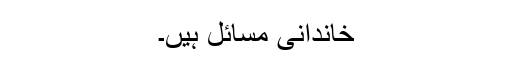
خاندانی مسائل ہیں۔